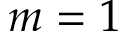
m = 1